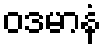
ဝဒမာနံ